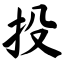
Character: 投